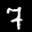
Label: 7